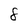
Character: 8